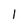
Character: 1